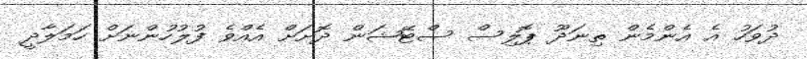
ދުވަހު އެ އެންމެން ތިނަދޫ ޕޮލިސް ސްޓޭޝަން ދޮށަށް އެއްވެ ފުލުހުންނަށް ހަމަލާދީ